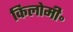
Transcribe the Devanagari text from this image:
किलोमी॰